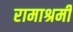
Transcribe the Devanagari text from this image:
रामाश्रमी